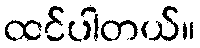
ထင်ပါတယ်။